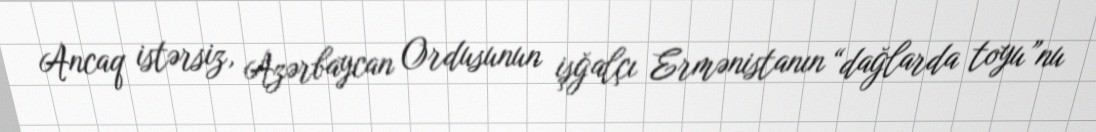
Ancaq istərsiz, Azərbaycan Ordusunun işğalçı Ermənistanın “dağlarda toyu”nu